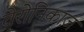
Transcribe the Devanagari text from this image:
वेरोनिकाज़